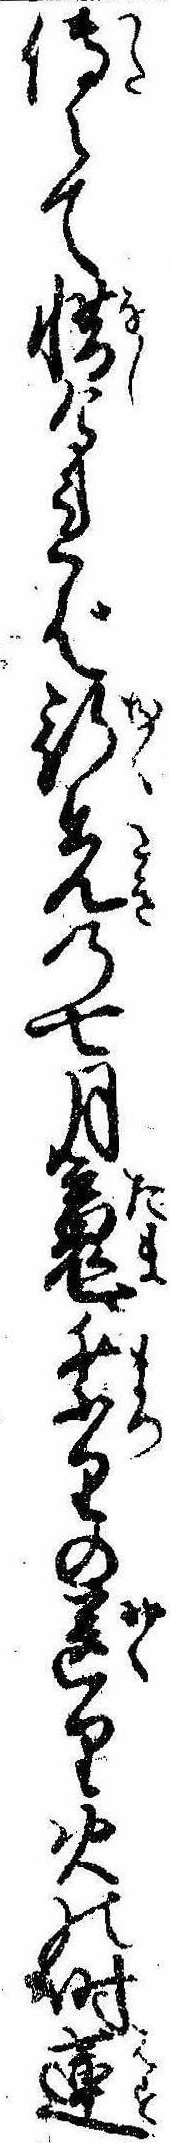
伝えて惜ければ行先の七月魂祭りの送り火の時蓮